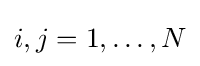
i,j=1,\ldots ,N